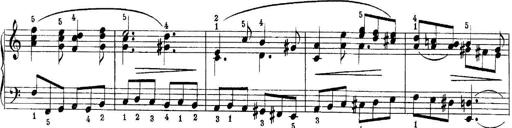
Title: Quatres sonatines
Composer: Tadeusz Joteyko